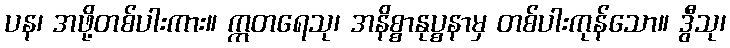
ပန၊ အဖို့တစ်ပါးကား။ ဣတရေသု၊ အနိစ္စာနုပ္စနာမှ တစ်ပါးကုန်သော။ ဒွီသု၊